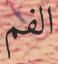
الفم